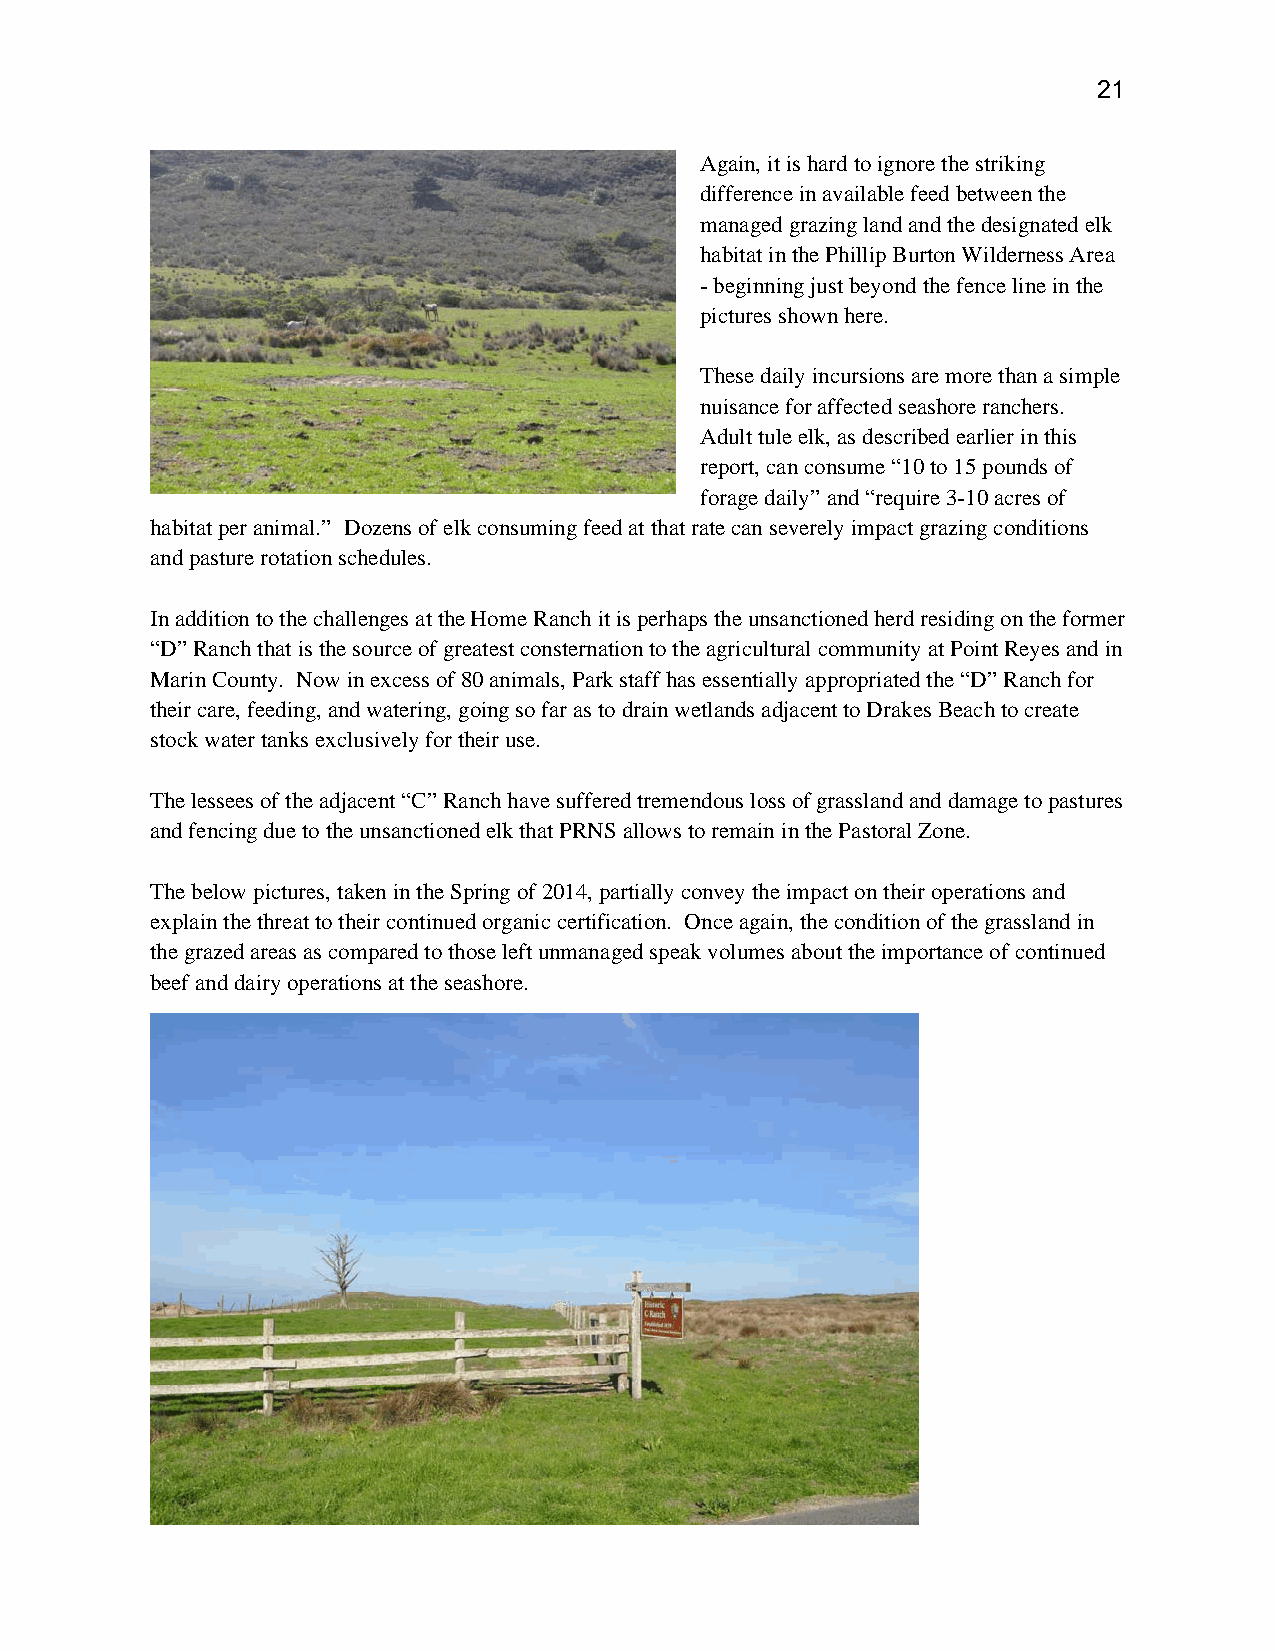
21
 Again, it is hard to ignore the striking
 difference in available feed between the
 managed grazing land and the designated elk
 habitat in the Phillip Burton Wilderness Area
 - beginning just beyond the fence line in the
 pictures shown here.
 These daily incursions are more than a simple
 nuisance for affected seashore ranchers.
 Adult tule elk, as described earlier in this
 report, can consume “10 to 15 pounds of
 forage daily” and “require 3-10 acres of
 habitat per animal.” Dozens of elk consuming feed at that rate can severely impact grazing conditions
 and pasture rotation schedules.
 In addition to the challenges at the Home Ranch it is perhaps the unsanctioned herd residing on the former
 “D” Ranch that is the source of greatest consternation to the agricultural community at Point Reyes and in
 Marin County. Now in excess of 80 animals, Park staff has essentially appropriated the “D” Ranch for
 their care, feeding, and watering, going so far as to drain wetlands adjacent to Drakes Beach to create
 stock water tanks exclusively for their use.
 The lessees of the adjacent “C” Ranch have suffered tremendous loss of grassland and damage to pastures
 and fencing due to the unsanctioned elk that PRNS allows to remain in the Pastoral Zone.
 The below pictures, taken in the Spring of 2014, partially convey the impact on their operations and
 explain the threat to their continued organic certification. Once again, the condition of the grassland in
 the grazed areas as compared to those left unmanaged speak volumes about the importance of continued
 beef and dairy operations at the seashore.